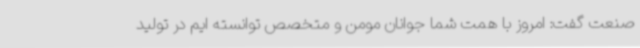
صنعت گفت: امروز با همت شما جوانان مومن و متخصص توانسته ایم در تولید